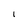
Character: I